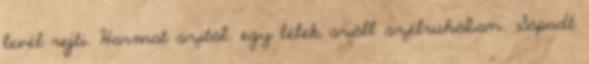
levél rejti. Harmat szitál. egy lélek száll szélruhában. Sápadt